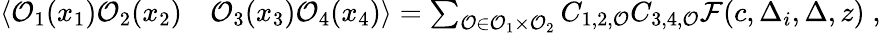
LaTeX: \begin{array}{rl}{\langle\mathcal{O}_{1}(x_{1})\mathcal{O}_{2}(x_{2})}&{\mathcal{O}_{3}(x_{3})\mathcal{O}_{4}(x_{4})\rangle=\sum_{\mathcal{O}\in\mathcal{O}_{1}\times\mathcal{O}_{2}}C_{1,2,\mathcal{O}}C_{3,4,\mathcal{O}}\mathcal{F}(c,\Delta_{i},\Delta,z)\; ,}\end{array}